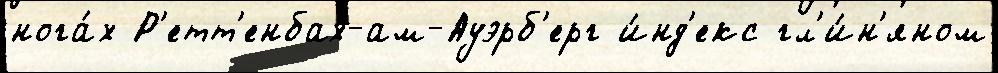
нога́х Р'етт'енбах-ам-Ауэрб'ерг и́нд'екс гл'и́н'яном